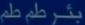
بِنَرْ طَم